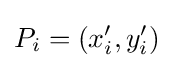
P_{i}=(x'_{i},y'_{i})